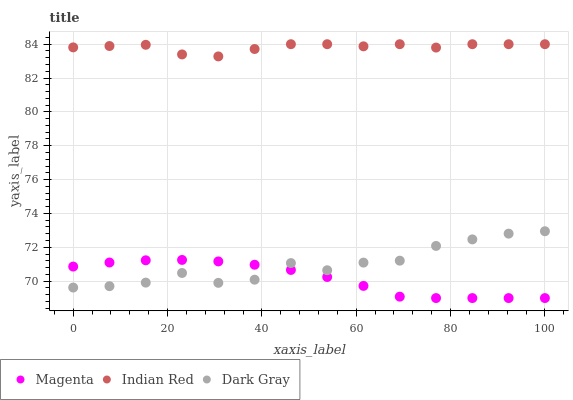
| xaxis_label | Magenta | Indian Red | Dark Gray |
 | --- | --- | --- | --- |
 | 0 | 70.9 | 83.8 | 69.6 |
 | 7.69 | 71.1 | 83.9 | 69.7 |
 | 15.4 | 71.2 | 84 | 69.9 |
 | 23.1 | 71.3 | 83.4 | 70.5 |
 | 30.8 | 71.2 | 83.3 | 69.9 |
 | 38.5 | 71 | 83.7 | 70.1 |
 | 46.2 | 70.7 | 84 | 71.1 |
 | 53.8 | 70.2 | 84 | 70.6 |
 | 61.5 | 69.7 | 83.9 | 71.1 |
 | 69.2 | 69.1 | 84 | 71.2 |
 | 76.9 | 69 | 83.8 | 72.1 |
 | 84.6 | 69 | 84 | 72.5 |
 | 92.3 | 69 | 84 | 72.8 |
 | 100 | 69 | 84 | 72.9 |